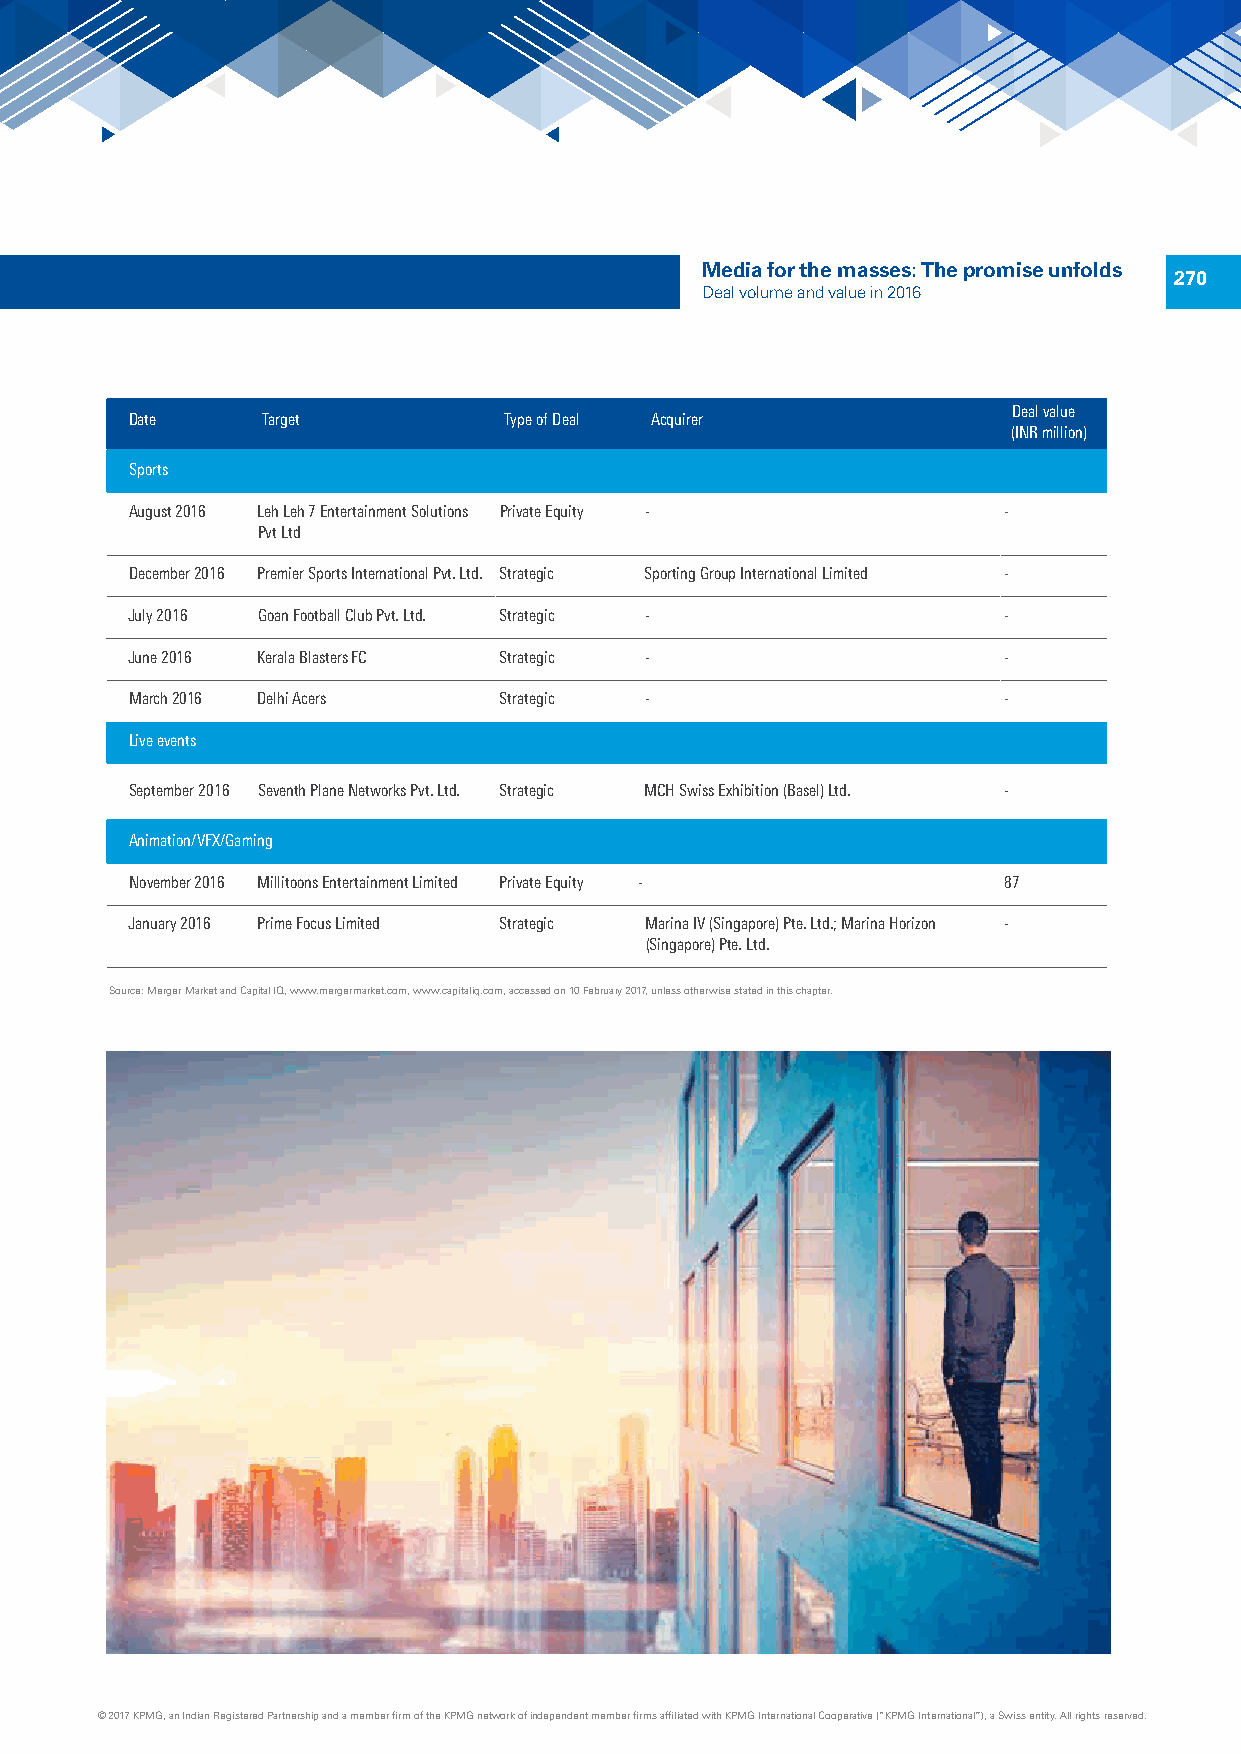
Media for the masses: The promise unfolds
 270
 Deal volume and value in 2016
 Deal value
 Date    Target          Type of Deal Acquirer
 (INR million)
 Sports
 August 2016 Leh Leh 7 Entertainment Solutions Private Equity - -
 Pvt Ltd
 December 2016 Premier Sports International Pvt. Ltd. Strategic Sporting Group International Limited -
 July 2016 Goan Football Club Pvt. Ltd. Strategic -        -
 June 2016 Kerala Blasters FC Strategic -                  -
 March 2016 Delhi Acers  Strategic -                      -
 Live events
 September 2016 Seventh Plane Networks Pvt. Ltd. Strategic MCH Swiss Exhibition (Basel) Ltd. -
 Animation/VFX/Gaming
 November 2016 Millitoons Entertainment Limited Private Equity - 87
 January 2016 Prime Focus Limited Strategic Marina IV (Singapore) Pte. Ltd.; Marina Horizon -
 (Singapore) Pte. Ltd.
 Source: Merger Market and Capital IQ, www.mergermarket.com, www.capitaliq.com, accessed on 10 February 2017, unless otherwise stated in this chapter.
 © 2017 KPMG, an Indian Registered Partnership and a member firm of the KPMG network of independent member firms affiliated with KPMG International Cooperative (“KPMG International”), a Swiss entity. All rights reserved.